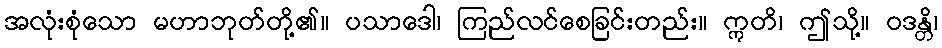
အလုံးစုံသော မဟာဘုတ်တို့၏။ ပသာဒေါ၊ ကြည်လင်စေခြင်းတည်း။ ဣတိ၊ ဤသို့။ ဝဒန္တိ၊